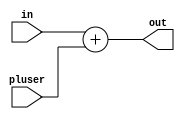
module Adder(input [15:0] in, pluser, output reg[15:0] out);
    initial begin
      out = 0;
    end
    always @(*) begin
      out <= in + pluser;
    end
     
endmodule

////////&